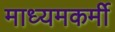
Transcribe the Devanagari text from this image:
माध्यमकर्मी